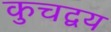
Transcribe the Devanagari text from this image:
कुचद्वय